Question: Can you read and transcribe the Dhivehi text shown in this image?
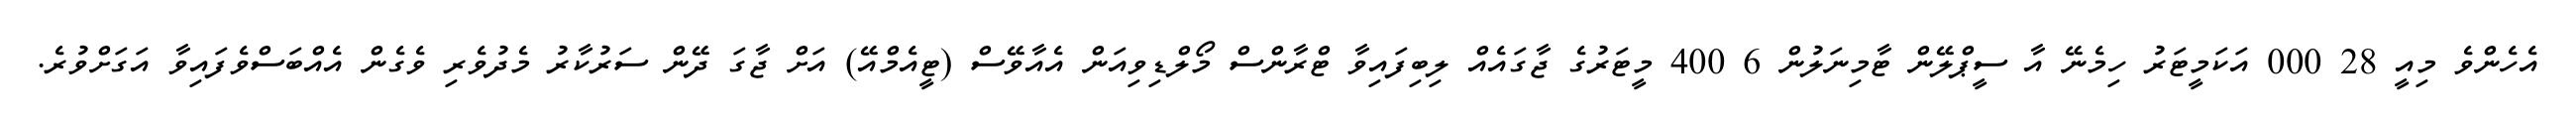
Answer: އެހެންވެ މިއީ 28 000 އަކަމީޓަރު ހިމެނޭ އާ ސީޕްލޭން ޓާމިނަލުން 6 400 މީޓަރުގެ ޖާގައެއް ލިބިފައިވާ ޓްރާންސް މޯލްޑިވިއަން އެއާވޭސް (ޓީއެމްއޭ) އަށް ޖާގަ ދޭން ސަރުކާރު މެދުވެރި ވެގެން އެއްބަސްވެފައިވާ އަގަށްވުރެ.